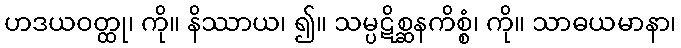
ဟဒယဝတ္ထု၊ ကို။ နိဿာယ၊ ၍။ သမ္ပဋိစ္ဆနကိစ္စံ၊ ကို။ သာဓယမာနာ၊